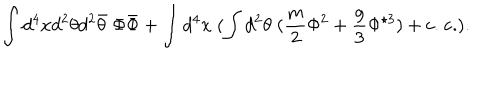
LaTeX: \int d ^ { 4 } x d ^ { 2 } \theta d ^ { 2 } \bar { \theta } \; \Phi \bar { \Phi } + \int d ^ { 4 } x \; ( \int d ^ { 2 } \theta \; ( \frac { m } { 2 } \Phi ^ { 2 } + \frac { g } { 3 } \Phi ^ { \star 3 } ) + \mathrm { c . ~ c . } ) .